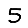
Digit: 5